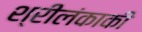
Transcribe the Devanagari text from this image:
श्रीलंकाकी